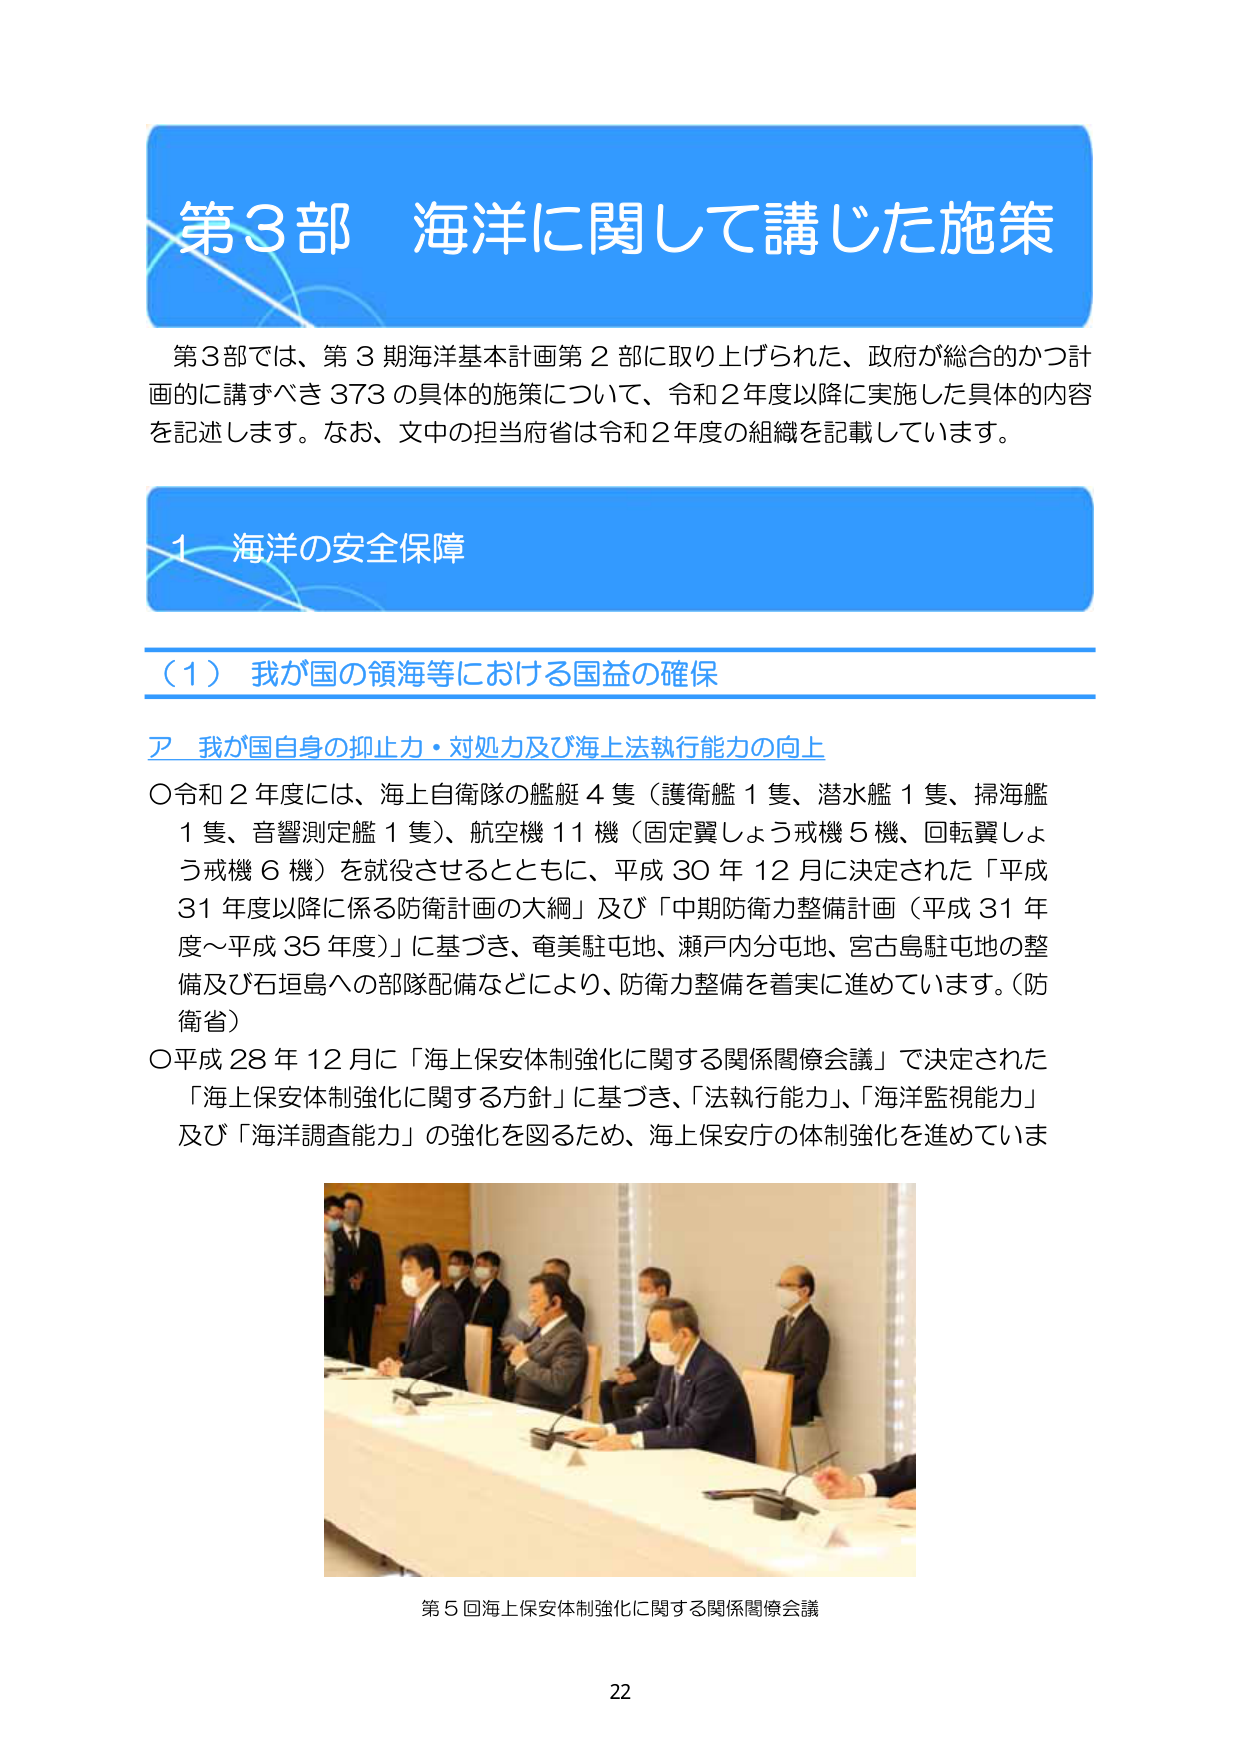
第3部 海洋に関して講じた施策

第3部では、第3期海洋基本計画第2部に取り上げられた、政府が総合的かつ計画的に講ずべき373の具体的施策について、令和2年度以降に実施した具体的内容を記述します。なお、文中の担当府省は令和2年度の組織を記載しています。

1 海洋の安全保障

（1）我が国の領海等における国益の確保

ア 我が国自身の抑止力・対処力及び海上法執行能力の向上

○令和2年度には、海上自衛隊の艦艇4隻（護衛艦1隻、潜水艦1隻、掃海艦1隻、音響測定艦1隻）、航空機11機（固定翼しょう戒機5機、回転翼しょう戒機6機）を就役させるとともに、平成30年12月に決定された「平成31年度以降に係る防衛計画の大綱」及び「中期防衛力整備計画（平成31年度～平成35年度）」に基づき、奄美駐屯地、瀬戸内分屯地、宮古島駐屯地の整備及び石垣島への部隊配備などにより、防衛力整備を着実に進めています。（防衛省）

○平成28年12月に「海上保安体制強化に関する関係閣僚会議」で決定された「海上保安体制強化に関する方針」に基づき、「法執行能力」、「海洋監視能力」及び「海洋調査能力」の強化を図るため、海上保安庁の体制強化を進めています。

第5回海上保安体制強化に関する関係閣僚会議

22